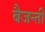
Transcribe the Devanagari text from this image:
बैजन्ती